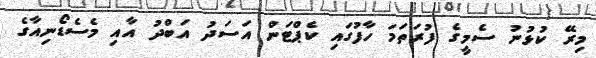
މިރޭ ކުޅުނު ސެމީގެ ފުރަތަމަ ހާފުގައި ކެޕްޓަން އަަސަދު އަބްދު އާއި މެސެޑޯނިއާގެ